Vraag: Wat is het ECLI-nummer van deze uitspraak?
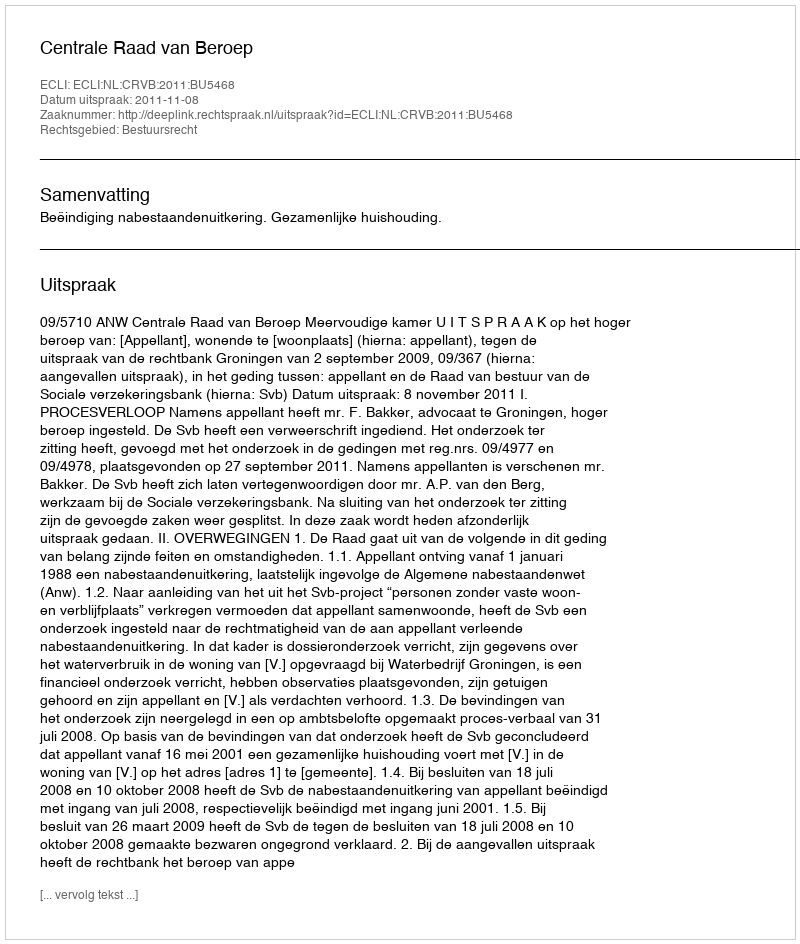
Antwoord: ECLI:NL:CRVB:2011:BU5468